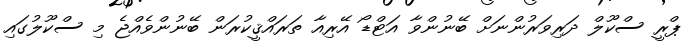
ޕްރީ ސްކޫލް ދަރިވަރުންނަށް ބޭނުންވާ އަޓްޑޯ އޭރިއާ ތަރައްޤީކުރަން ބޭނުންވެއްޖެ މި ސްކޫލުގައި